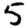
Digit: 5